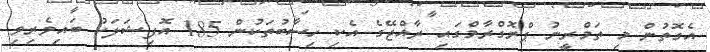
އެގޮތުން މި ތަމްރީނު ޕްރޮގްރާމްގައި ރާއްޖޭގެ އެކި ހިސާބުތަކުން 185 އޮފިޝަލަކު ބައިވެރިވި